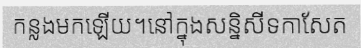
កន្លងមកឡើយ។នៅក្នុងសន្និសីទកាសែត